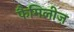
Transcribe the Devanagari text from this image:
फैमिलीज़